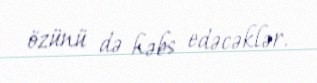
özünü də həbs edəcəklər.